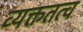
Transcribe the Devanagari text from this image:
व्यक्ततत्व